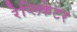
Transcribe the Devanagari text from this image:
रेप्लिकेटर